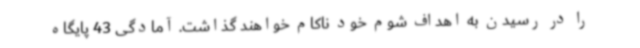
را در رسیدن به اهداف شوم خود ناکام خواهند گذاشت. آمادگی 43 پایگاه